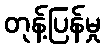
တုန့်ပြန်မှု